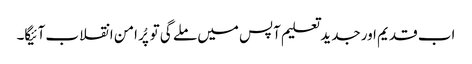
اب قدیم اور جدید تعلیم آپس میں ملے گی تو پُر امن انقلاب آئیگا۔